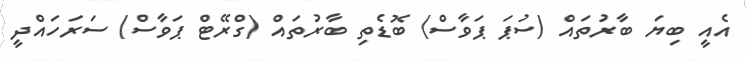
އެއީ ބިޔަ ބާރުތައް (ސުޕަ ޕަވާސް) ބޮޑެތި ބާރުތައް (ގްރޭޓް ޕަވާސް) ސަރަހައްދީ